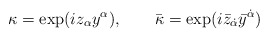
\begin{align*}\kappa =\exp (iz_\alpha y^\alpha ),\qquad \bar{\kappa} =\exp (i\bar{z}_{\dot{\alpha}}\bar{y}^{\dot{\alpha}})\end{align*}